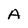
Character: A